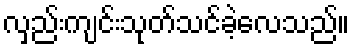
လှည်းကျင်းသုတ်သင်ခဲ့လေသည်။